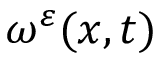
\omega ^ { \varepsilon } ( x , t )